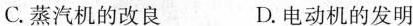
C.蒸汽机的改良 D.电动机的发明